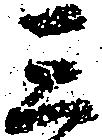
三